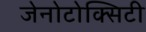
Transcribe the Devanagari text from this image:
जेनोटोक्सिटी